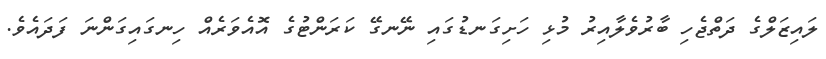
ލައިޒަލްގެ ދަތްޖެހި ބާރުވެލާއިރު މުޅި ހަށިގަނޑުގައި ނޭނގޭ ކަރަންޓުގެ އޮއެވަރެއް ހިނގައިގަންނަ ފަދައެވެ.